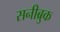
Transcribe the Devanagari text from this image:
सनीब्रुक